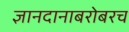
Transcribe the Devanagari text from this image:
ज्ञानदानाबरोबरच